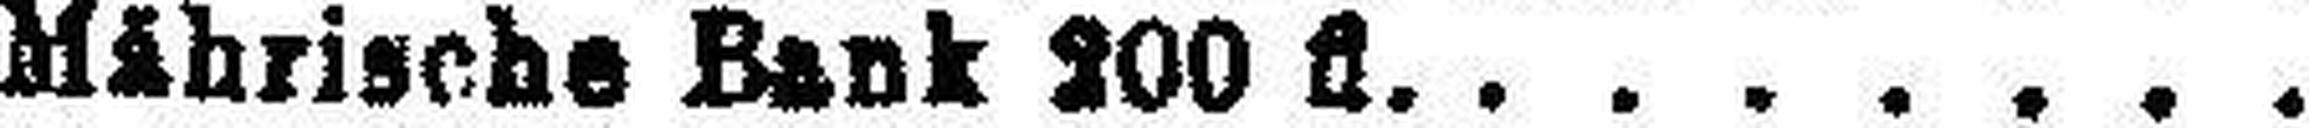
Mährische Bank 200 fl.